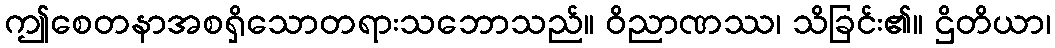
ဤစေတနာအစရှိသောတရားသဘောသည်။ ဝိညာဏဿ၊ သိခြင်း၏။ ဌိတိယာ၊